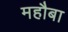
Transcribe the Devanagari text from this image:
महौबा